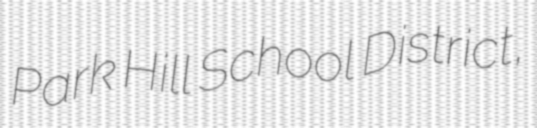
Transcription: Park Hill School District,